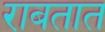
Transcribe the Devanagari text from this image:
राबतात